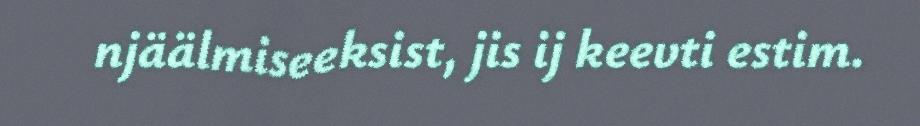
njäälmiseeksist, jis ij keevti estim.